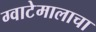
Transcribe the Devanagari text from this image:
ग्वाटेमालाचा